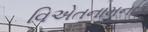
વિએતનામના